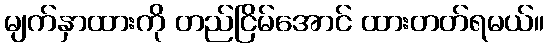
မျက်နှာထားကို တည်ငြိမ်အောင် ထားတတ်ရမယ်။